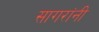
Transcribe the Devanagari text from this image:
सागरांनी